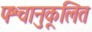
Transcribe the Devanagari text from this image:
पश्चानुकूलित